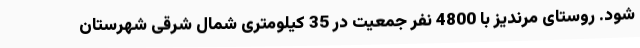
شود. روستای مرندیز با 4800 نفر جمعیت در 35 کیلومتری شمال شرقی شهرستان